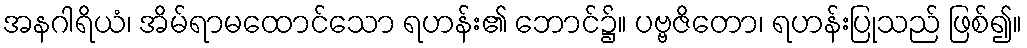
အနဂါရိယံ၊ အိမ်ရာမထောင်သော ရဟန်း၏ ဘောင်၌။ ပဗ္ဗဇိတော၊ ရဟန်းပြုသည် ဖြစ်၍။